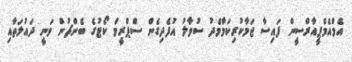
އެމްއެމްޕީއާރްސީން ފައިސާ ޖަމާކުރިކަމާމެދު ސުވާލު އުފެދިގެން ސްޕްރީމް ކޯޓުގެ ބެންޗުން ވަނީ ދައުލަތާއި